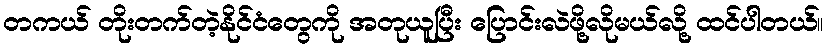
တကယ် တိုးတက်တဲ့နိုင်ငံတွေကို အတုယူပြီး ပြောင်းလဲဖို့လိုမယ်လို့ ထင်ပါတယ်။